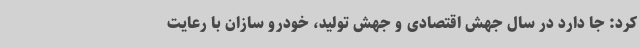
کرد: جا دارد در سال جهش اقتصادی و جهش تولید، خودرو سازان با رعایت